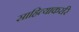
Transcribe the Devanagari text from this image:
साहित्याकररि